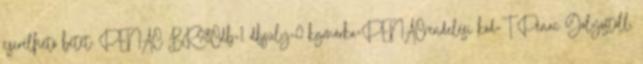
cserélhető betét: PENAC BR98Cdb=1 dbsúly=0 kgmárka=PENACrendelési kód=T Penac Golyóstoll,